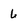
Character: 6